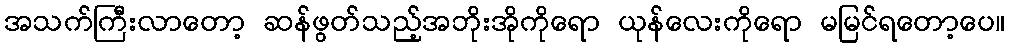
အသက်ကြီးလာတော့ ဆန်ဖွတ်သည့်အဘိုးအိုကိုရော ယုန်လေးကိုရော မမြင်ရတော့ပေ။